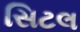
સિટલ